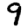
Digit: 9